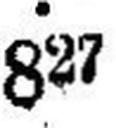
827